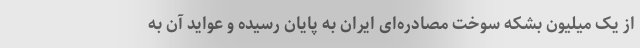
از یک میلیون بشکه سوخت مصادره‌ای ایران به پایان رسیده و عواید آن به